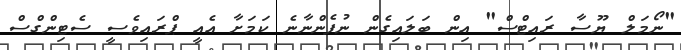
"ނޯމަލް ޔޫސާ ރައިޓްސް" އިން ބަލައިގެން ނުފެންނާނެ ކަމަށާ އެއީ ޕްރައިވެސީ ސެޓިންގްސް